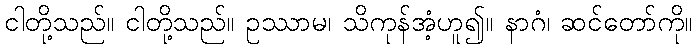
ငါတို့သည်။ ငါတို့သည်။ ဥဿာမ၊ သိကုန်အံ့ဟူ၍။ နာဂံ၊ ဆင်တော်ကို။